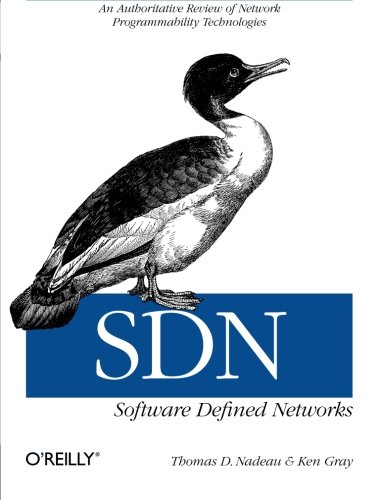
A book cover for SDN: Software Defined Networks; Thomas D. Nadeau; Computers & Technology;